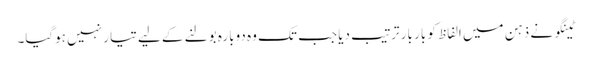
ٹینگو نے ذہن میں الفاظ کو بار بار ترتیب دیا جب تک وہ دوبارہ بولنے کے لیے تیا ر نہیں ہوگیا۔